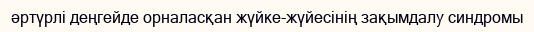
әртүрлі деңгейде орналасқан жүйке-жүйесінің зақымдалу синдромы